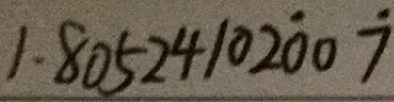
0 . 8 0 5 2 4 1 0 2 \dot { 0 } 0 \dot { 7 }